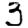
Digit: 3